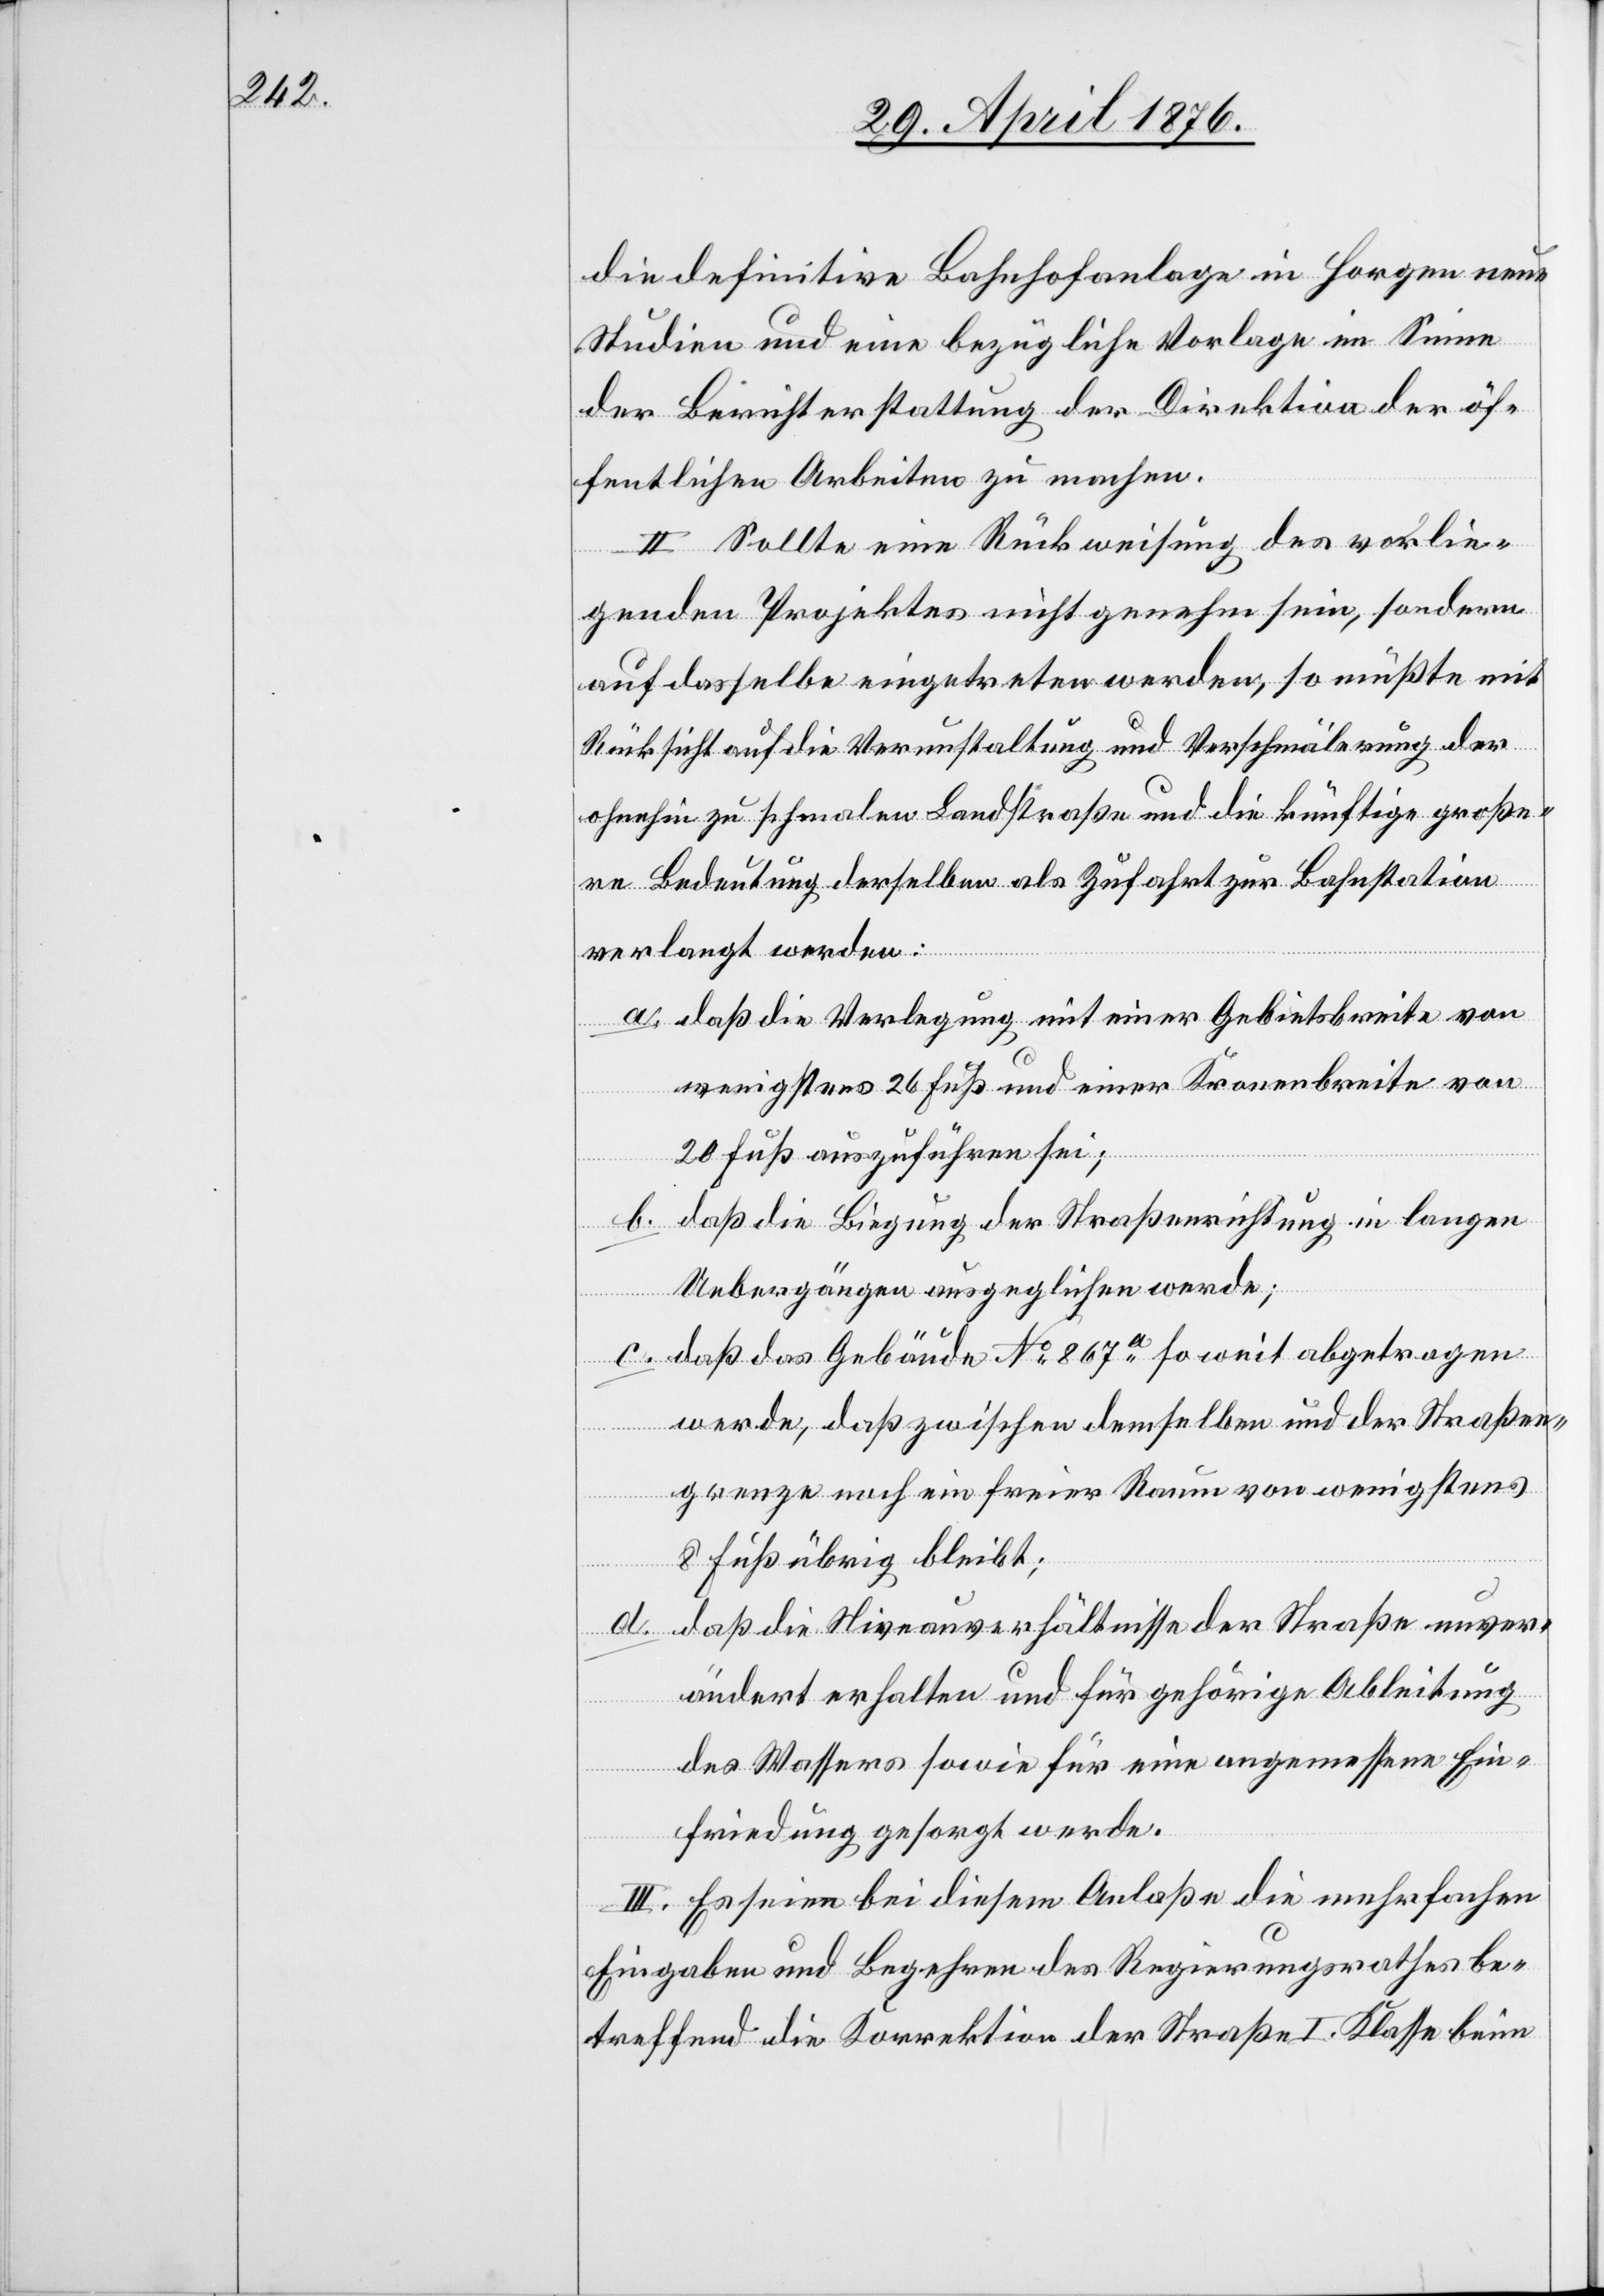
die definitive Bahnhofanlage in Horgen neue
Studien und eine bezügliche Vorlage im Sinne
der Berichterstattung der Direktion der öf¬
fentlichen Arbeiten zu machen.
II. Sollte eine Rückweisung des vorlie¬
genden Projektes nicht genehm sein, sondern
auf dasselbe eingetreten werden, so müßte mit
Rücksicht auf die Verunstaltung und Verschmälerung der
ohnehin zu schmalen Landstraße und die künftige große¬
re
Bedeutung derselben als Zufahrt zur Bahnstation
verlangt werden:
a. daß die Verlegung mit einer Gebietsbreite von
wenigstens 26 Fuß und einer Kronenbreite von
20 Fuß auszuführen sei.
b. daß die Biegung der Straßenrichtung in langen
Uebergängen ausgeglichen werde;
c. daß das Gebäude No 867a soweit abgetragen
werde, daß zwischen demselben und der Straßen¬
grenze noch ein freier Raum von wenigstens
8 Fuß übrig bleibt;
d. daß die Niveauverhältnisse der Straße unver¬
ändert erhalten und für gehörige Ableitung
des Wassers sowie für eine angemessene Ein¬
friedung gesorgt werde.
III. Es seien bei diesem Anlaße die mehrfachen
Eingaben und Begehren des Regierungsrathes be¬
treffend die Korrektion der Straße I. Klasse beim